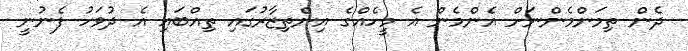
ދެން ތިމަންމެންނަށް އެންމެން އެ މީހެއްގެ އިންތިޒާރުގައި ތިއްބައި އެ ދުވަހު ފެނުނީ